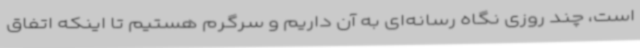
است، چند روزی نگاه رسانه‌ای به آن داریم و سرگرم هستیم تا اینکه اتفاق